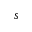
s